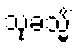
သုခသ္မိံ